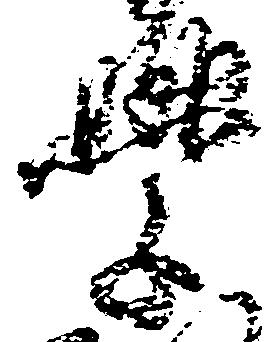
学